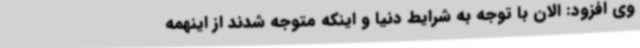
وی افزود: الان با توجه به شرایط دنیا و اینکه متوجه شدند از اینهمه